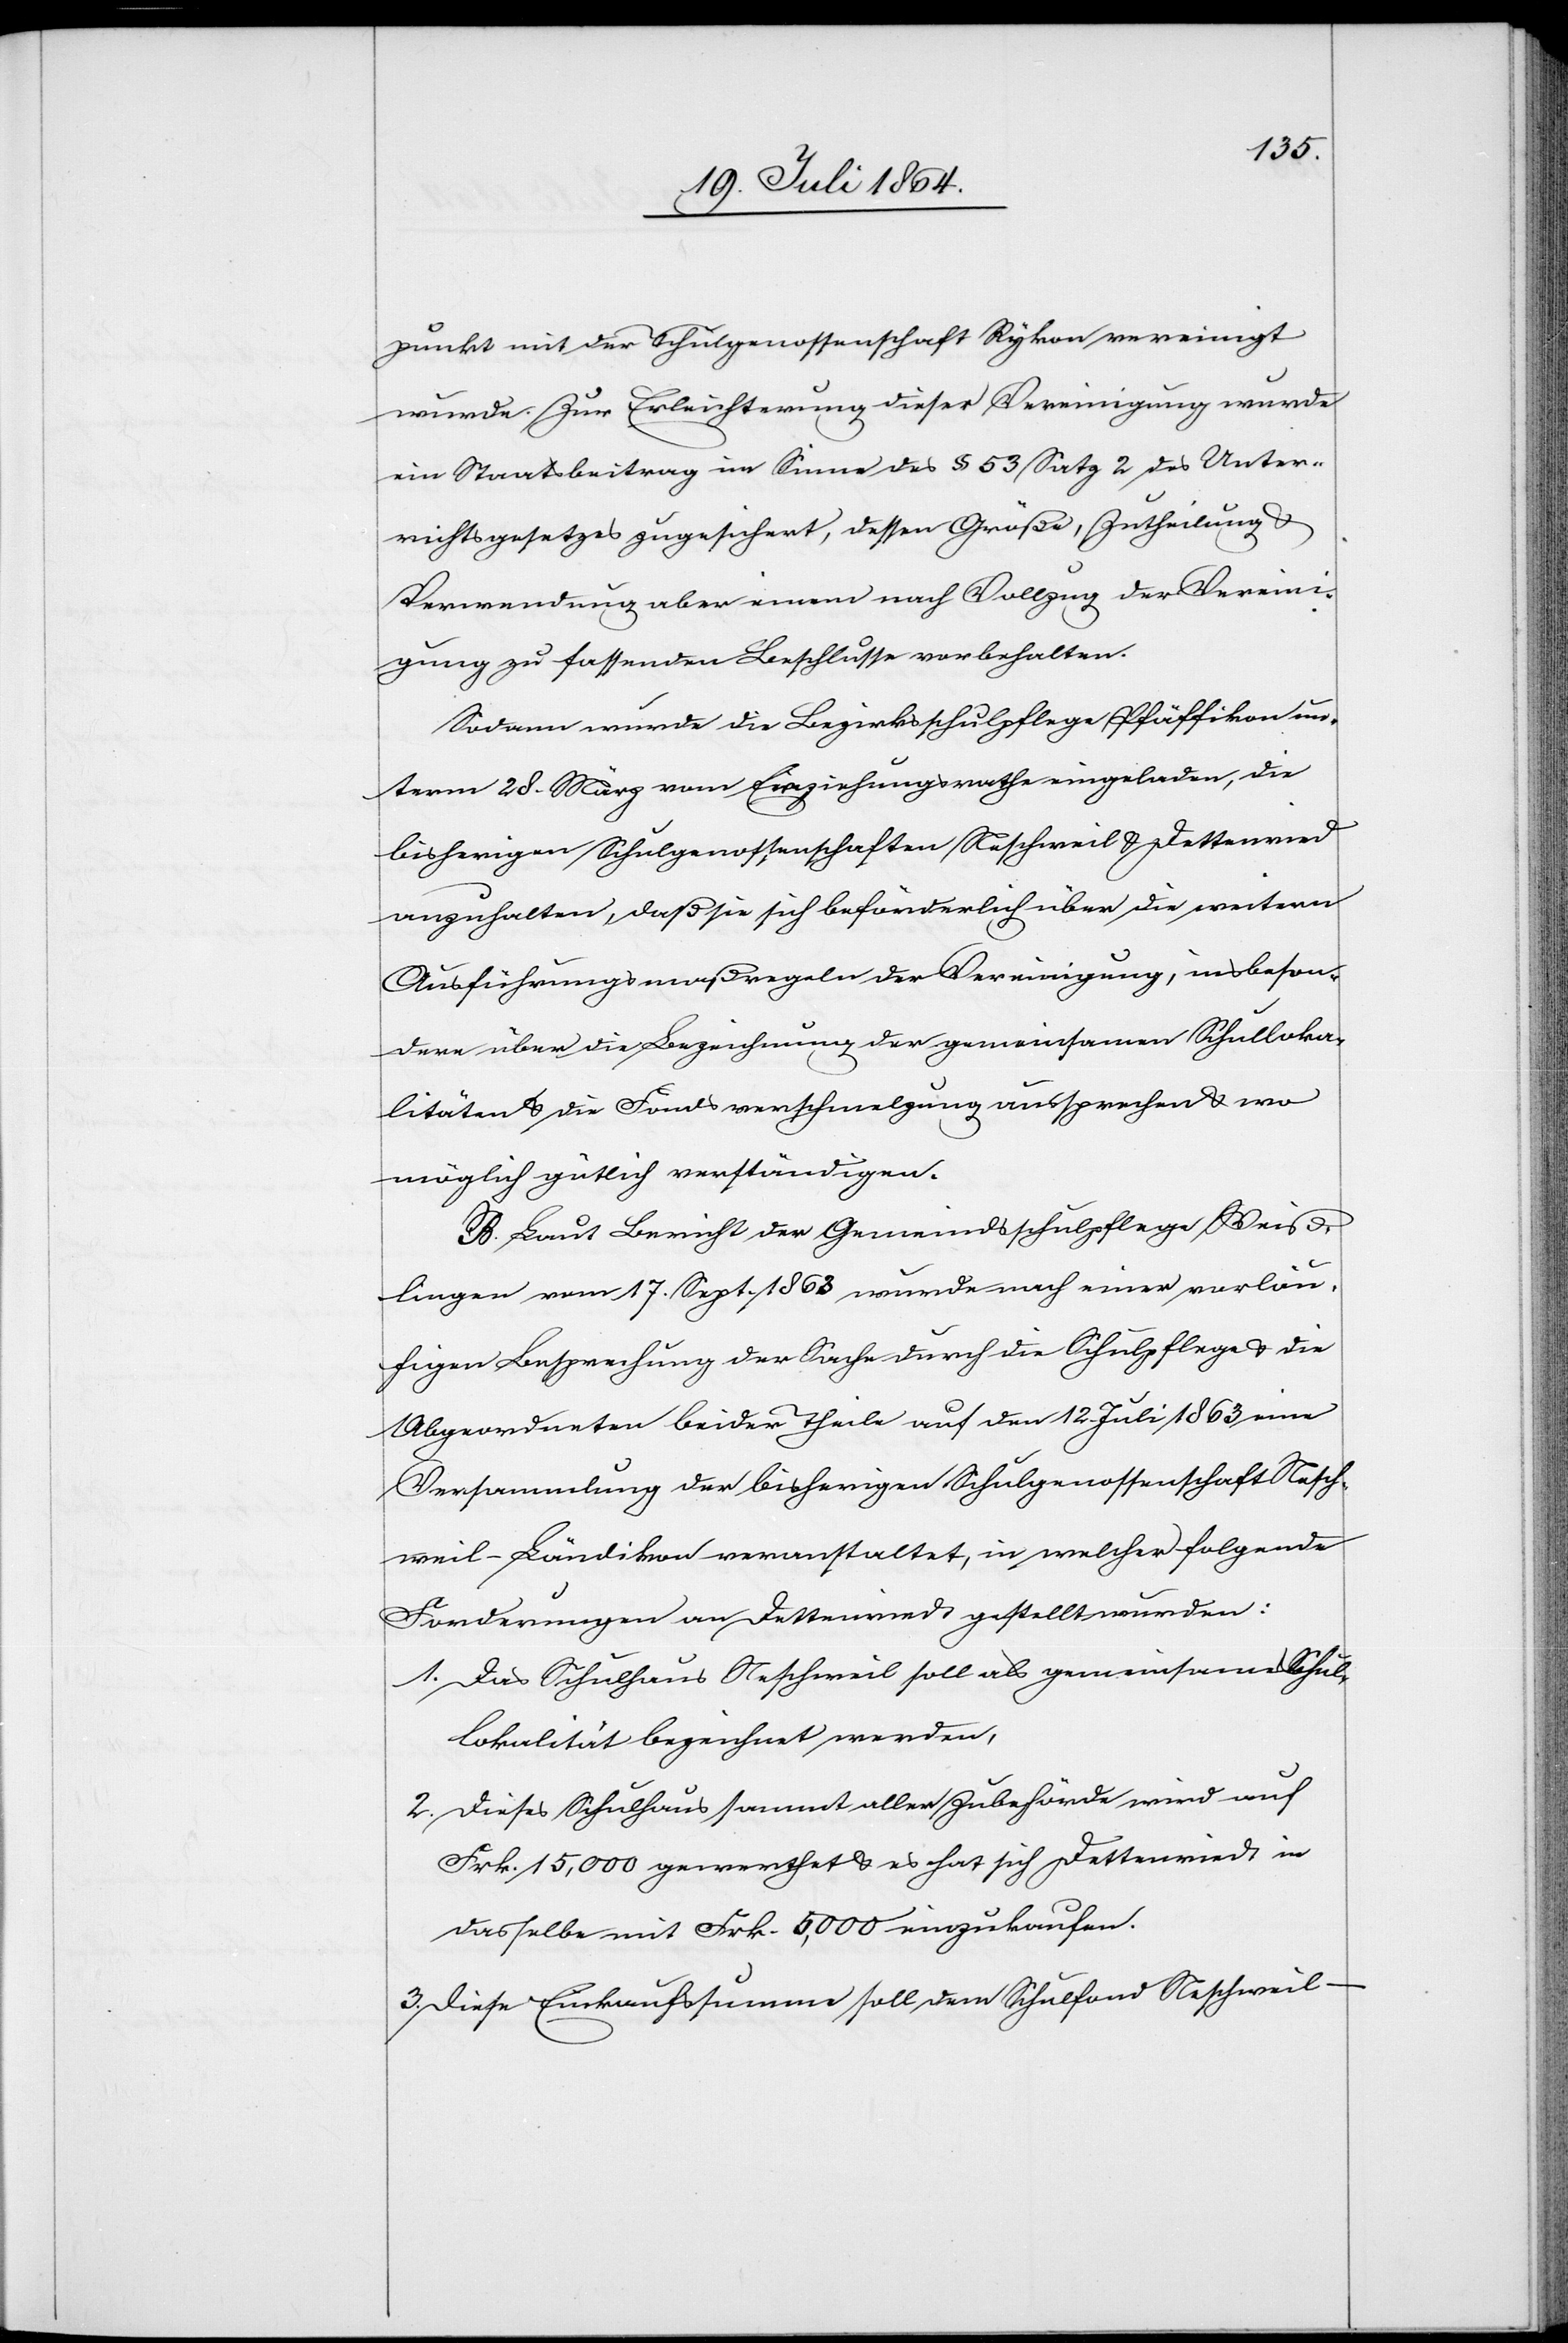
punkt mit der Schulgenossenschaft Rykon vereinigt
wurde. Zur Erleichterung dieser Vereinigung wurde
ein Staatsbeitrag im Sinne des § 53 Satz 2 des Unter¬
richtsgesetzes zugesichert, dessen Größe, Zutheilung u.
Verwendung aber einem nach Vollzug der Vereini¬
gung zu fassenden Beschlusse vorbehalten.
Sodann wurde die Bezirksschulpflege Pfäffikon un¬
term 28. März vom Erziehungsrathe eingeladen, die
bisherigen Schulgenossenschaften Neschweil u. Dettenried
anzuhalten, daß sie sich beförderlich über die weitern
Ausführungsmaßregeln der Vereinigung, insbeson¬
dere über die Bezeichnung der gemeinsamen Schulloka¬
litäten u. die Fondsverschmelzung aussprechen u. wo
möglich gütlich verständigen.
B. Laut Bericht der Gemeindsschulpflege Weiss¬
lingen vom 17. Sept. 1863 wurde nach einer vorläu¬
figen Besprechung der Sache durch die Schulpflege u. die
Abgeordneten beider Theile auf den 12. Juli 1863 eine
Versammlung der bisherigen Schulgenossenschaft Nesch¬
weil-Ländikon veranstaltet, in welcher folgende
Forderungen an Dettenried gestellt wurden:
1. Das Schulhaus Neschweil soll als gemeinsame Schul¬
lokalität bezeichnet werden,
2. Dieses Schulhaus sammt aller Zubehörde wird auf
Frk. 15,000 gewerthet u. es hat sich Dettenried in
dasselbe mit Frk. 5,000 einzukaufen.
3. Diese Einkaufssumme soll dem Schulfond Neschweil –